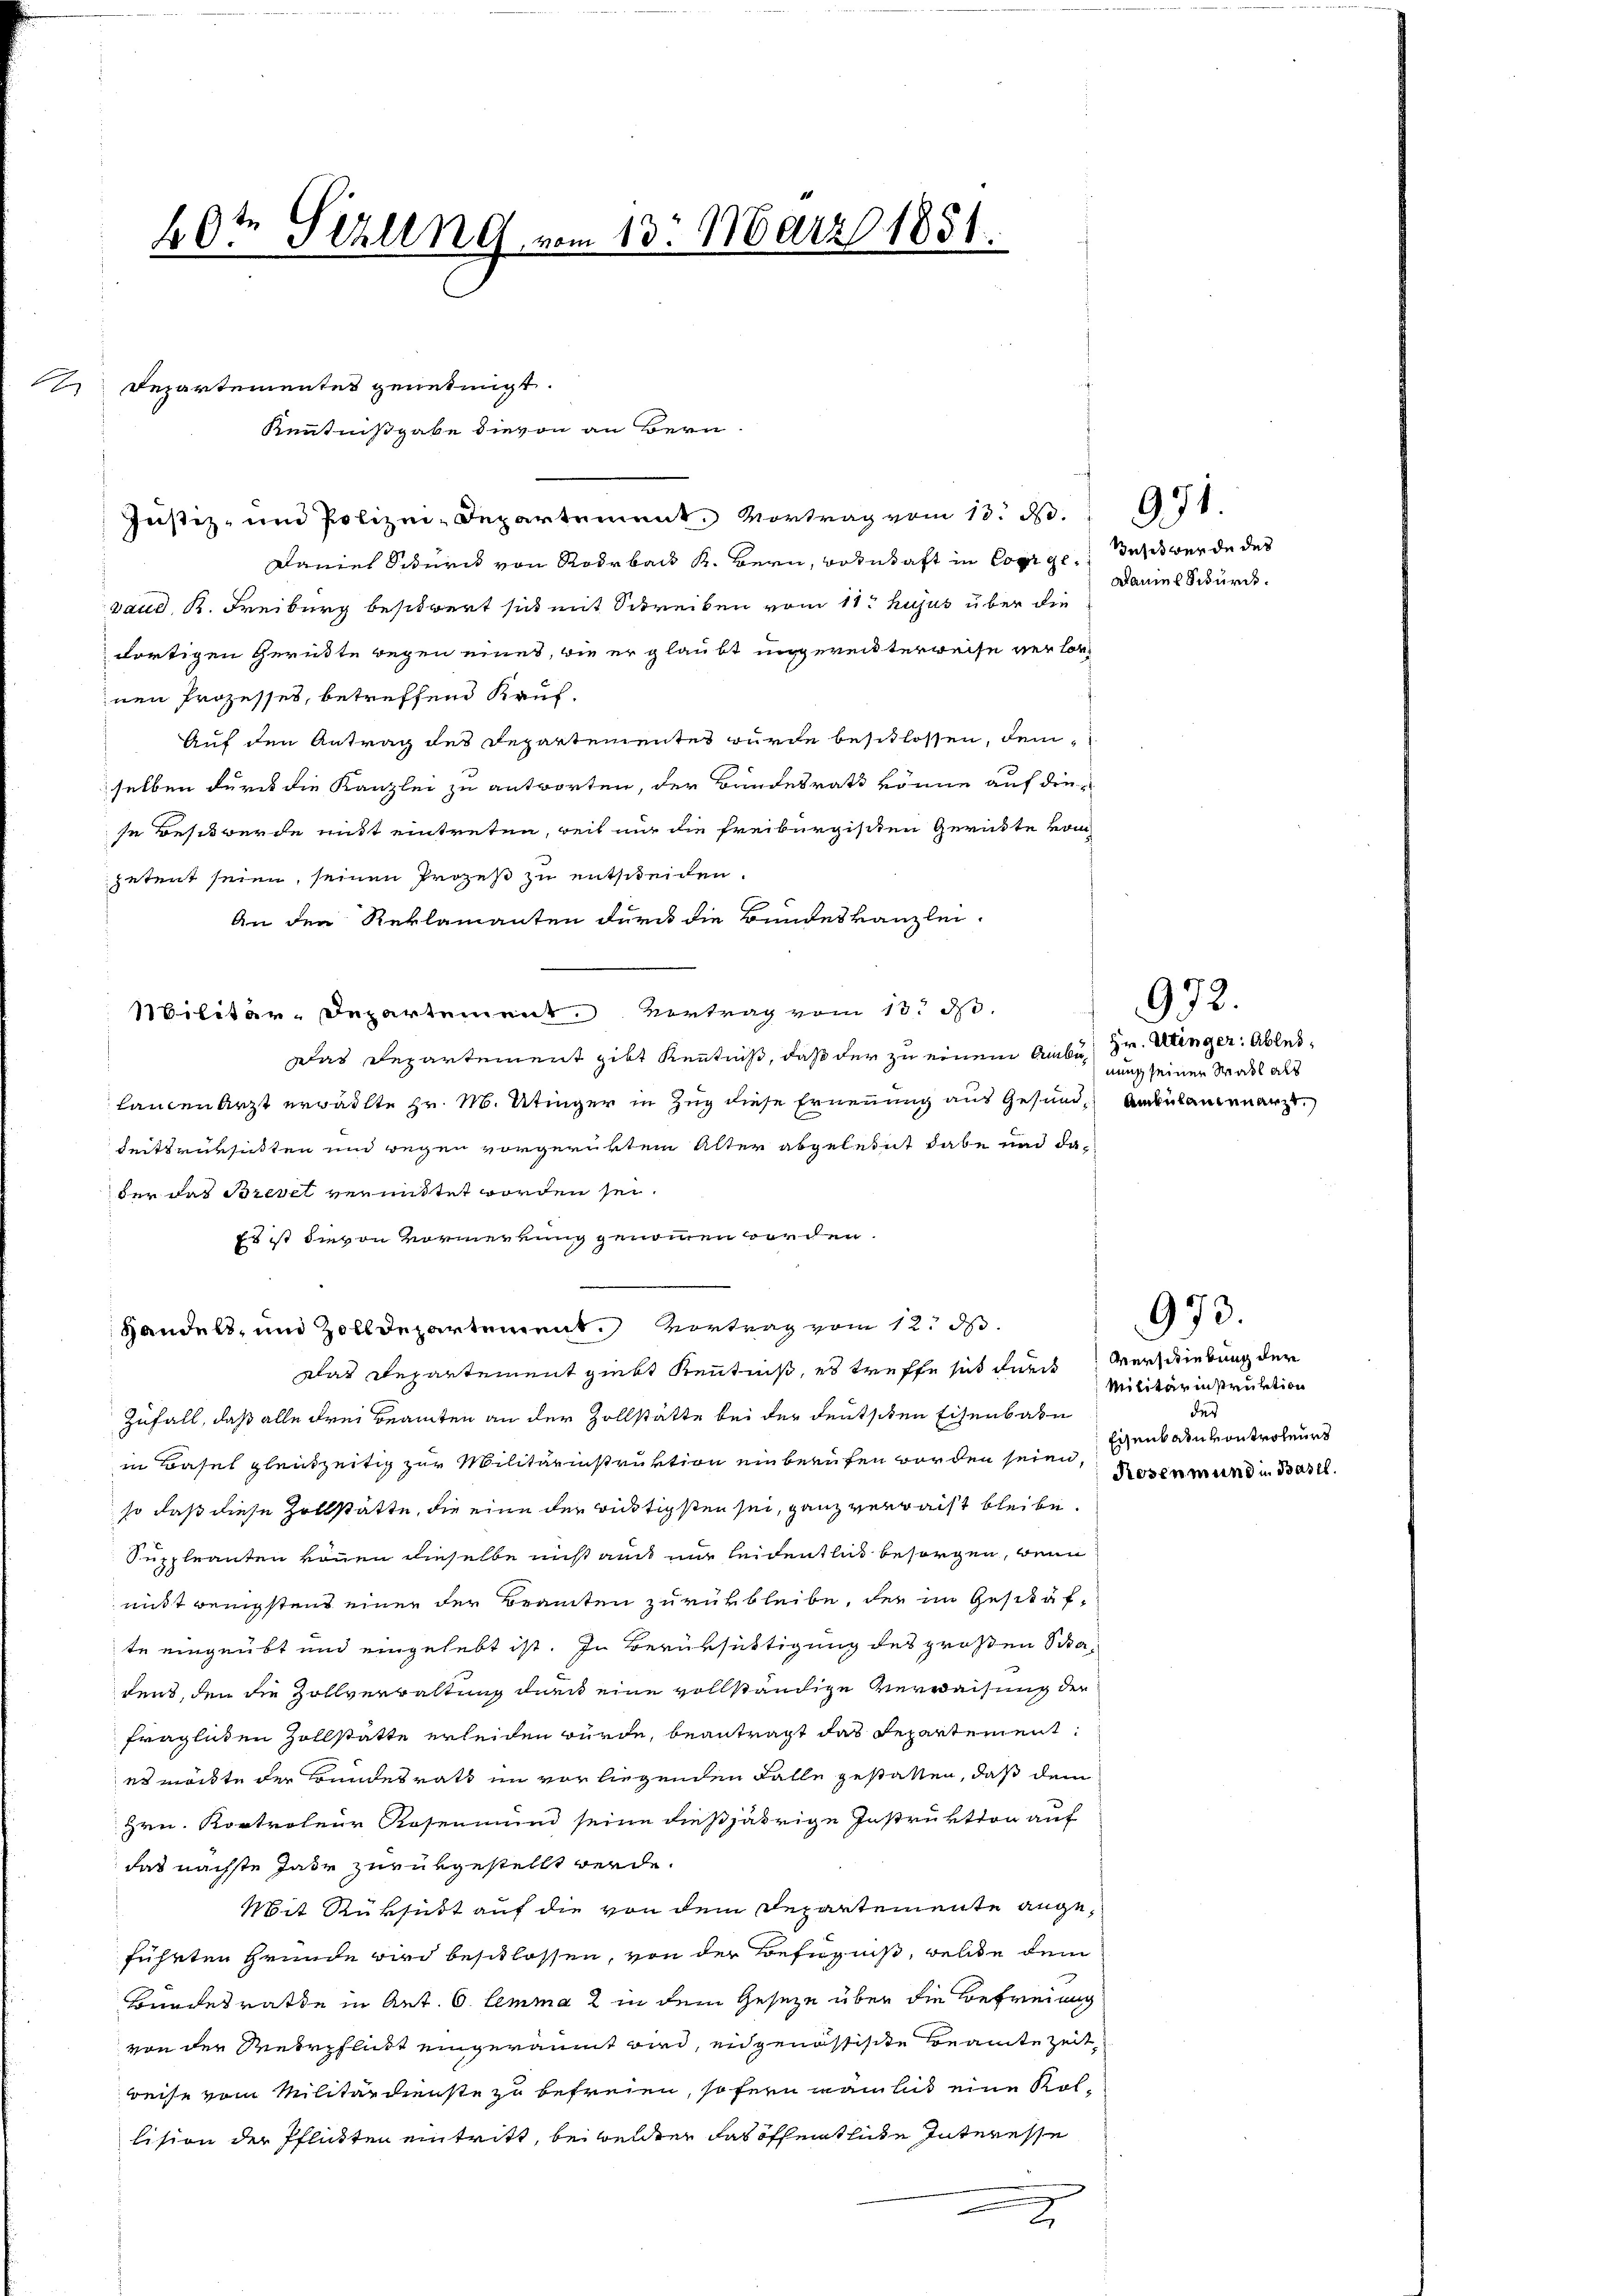
A

60te Sizung vom 13. März 1851.

Departementet genehmigt.
Kenntnißgabe dievon an Bern
Justiz- und Polizei-Departement. Vortrag vom 13. d.
Daniel Sturck von Rodrbau K. Bern, Botnsaft in Corge des werde des
gaud, K. Freiburg besitzert sich mit Schreiben vom 11. hujus über die
dortigen Gerüste wegen eines, wie er glaubt ungereitterweise verlor
nen Prozesses, betreffend Kauf-
Auf den Antrag des Departementes wurde beschlossen, demselben durch die Kanzlei zu antworten, der Bundesrath könne auf diese Besitwerde mitt eintreten, weil nur die Freiburgischen Gerüste vom
petent seien, seinen Prozeß zu entscheiden.
An den Reklamanten durch die Bundeskanzlei-
Militär-Departement. Vertrag vom 13. d.
Das Departement gibt Kenntniß, daß der zu einem Amber Hr. Weinger Ablei¬
Landen Arzt erwählte Hr. M. Utinger in Zug diese Ernennung aus Gesund, Anderlautenarzt.
keitsrüksichten und wegen vorgerükten Alter abgelebt habe und dader das Brevet vermittet worden sei.
Es ist hievon Vormerkung genommen worden.
Handelt, und Zolldepartement. Vortrag vom 12. d.
Das Repartement giebt Kenntniß, es treffe sich durch
Zufall, daß alle Frei Beamten an der Zollstätte bei der deutschen Eisenbahn
in Basel gleichzeitig zur Militärinstruktion ein berufen worden seien, Rossem und in Basel
so daß diese Zollstätte, die eine der rüstigsten sei, ganz verwacht bleibe.
Suppleanten vonen dieselbe nicht auch nur leidentlich besorgen, wenn
mißt wenigstens einer der Beamten zurükbleibe, der im Geschäf-
te eingeübt und eingelebt ist. In Berüksättigung des großen Schadens, den die Zollverwaltung durch eine vollständige Verweisung der
fraglichen Zollstatte erleiden würde, beantragt das Departement
es möchte der Bundesrath im vor liegenden Falle gestatten, daß dem
Hrn. Kontroleur Rosenmund seine dießjährige Instruktion auf
das nächste Jahr zurükgestellt werde.
Mit Rüksicht auf die von dem Departemente angeführten Grunde wird beschlossen, von der Befugniß, welche dem
Bundesrathe in Art. 6 lemma 2 in dem Geseze über die Befreiung
von der Wehrpflicht eingeräumt wird, eidgenössische Beamte Zeit,
reise vom Militärdienste zu befreien, sofern man lies eine Kollision der Pflickten eintritt, bei beider das öffenthute Interesse

2

971.
Daniel Schurde.

nung seiner Wahl als

992.

973.

Averschiebung der
Militärinstruktion
des
Eisenbahnkontroleurs